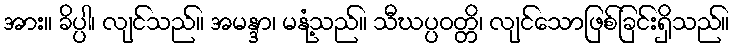
အား။ ခိပ္ပါ၊ လျင်သည်။ အမန္ဒာ၊ မနုံ့သည်။ သီဃပ္ပဝတ္တိ၊ လျင်သောဖြစ်ခြင်းရှိသည်။